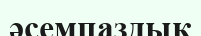
әсемпаздық